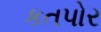
કતપોર